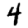
Digit: 4